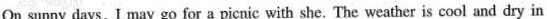
On sunny days, l may go for a picnic with she. The weather is cool and dry in